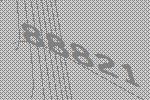
88821